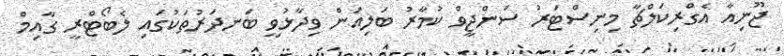
ޖޫނިއާ އެގްރިކަލްޗާ މިނިސްޓަރު ސަންޖީވް ކުމާރު ބަލިއަން ވިދާޅުވީ ބަނދަރުތަކުގައި ލެބޯޓްރީ ގާއިމް